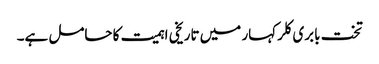
تخت بابری کلر کہار میں تاریخی اہمیت کا حامل ہے۔